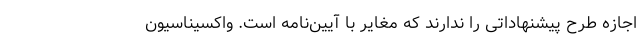
اجازه طرح پیشنهاداتی را ندارند که مغایر با آیین‌نامه است. واکسیناسیون